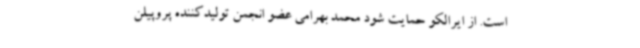
است. از ایرالکو حمایت شود محمد بهرامی عضو انجمن تولیدکننده پروپیلن